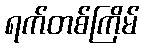
ရက်တစ်ကြိမ်